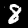
Label: 8